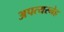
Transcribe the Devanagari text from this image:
अपत्यस्नेह